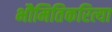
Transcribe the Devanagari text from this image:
भौमितिकरित्या